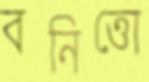
বনিত্তো